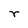
Character: r